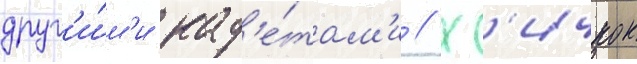
друг'и́м'и кад'е́там'и // Х'ичкок